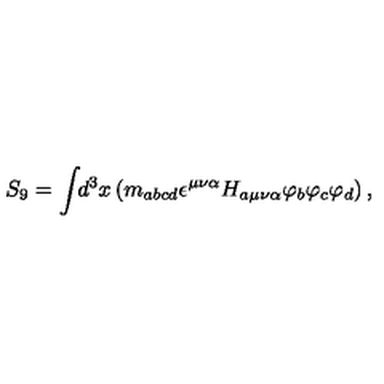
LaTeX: S _ { 9 } = \int \! \! d ^ { 3 } x \left( m _ { a b c d } \epsilon ^ { \mu \nu \alpha } H _ { a \mu \nu \alpha } \varphi _ { b } \varphi _ { c } \varphi _ { d } \right) ,